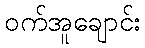
ဝက်အူချောင်း